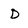
Character: D